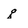
Character: g